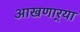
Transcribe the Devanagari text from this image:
आखणार्‍या